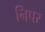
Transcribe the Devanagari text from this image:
निपर